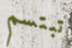
تبتسم